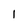
Character: I